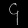
Digit: ၄